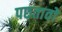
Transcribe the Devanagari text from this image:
पछतावो